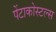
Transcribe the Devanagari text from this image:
पेंटाकोस्टल्स